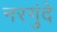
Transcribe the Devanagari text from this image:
नरगुंदे